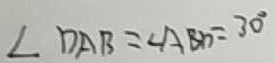
\angle D A B = \angle A B D = 3 0 ^ { \circ }